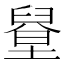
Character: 𦦋